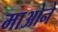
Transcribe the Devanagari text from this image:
माओने